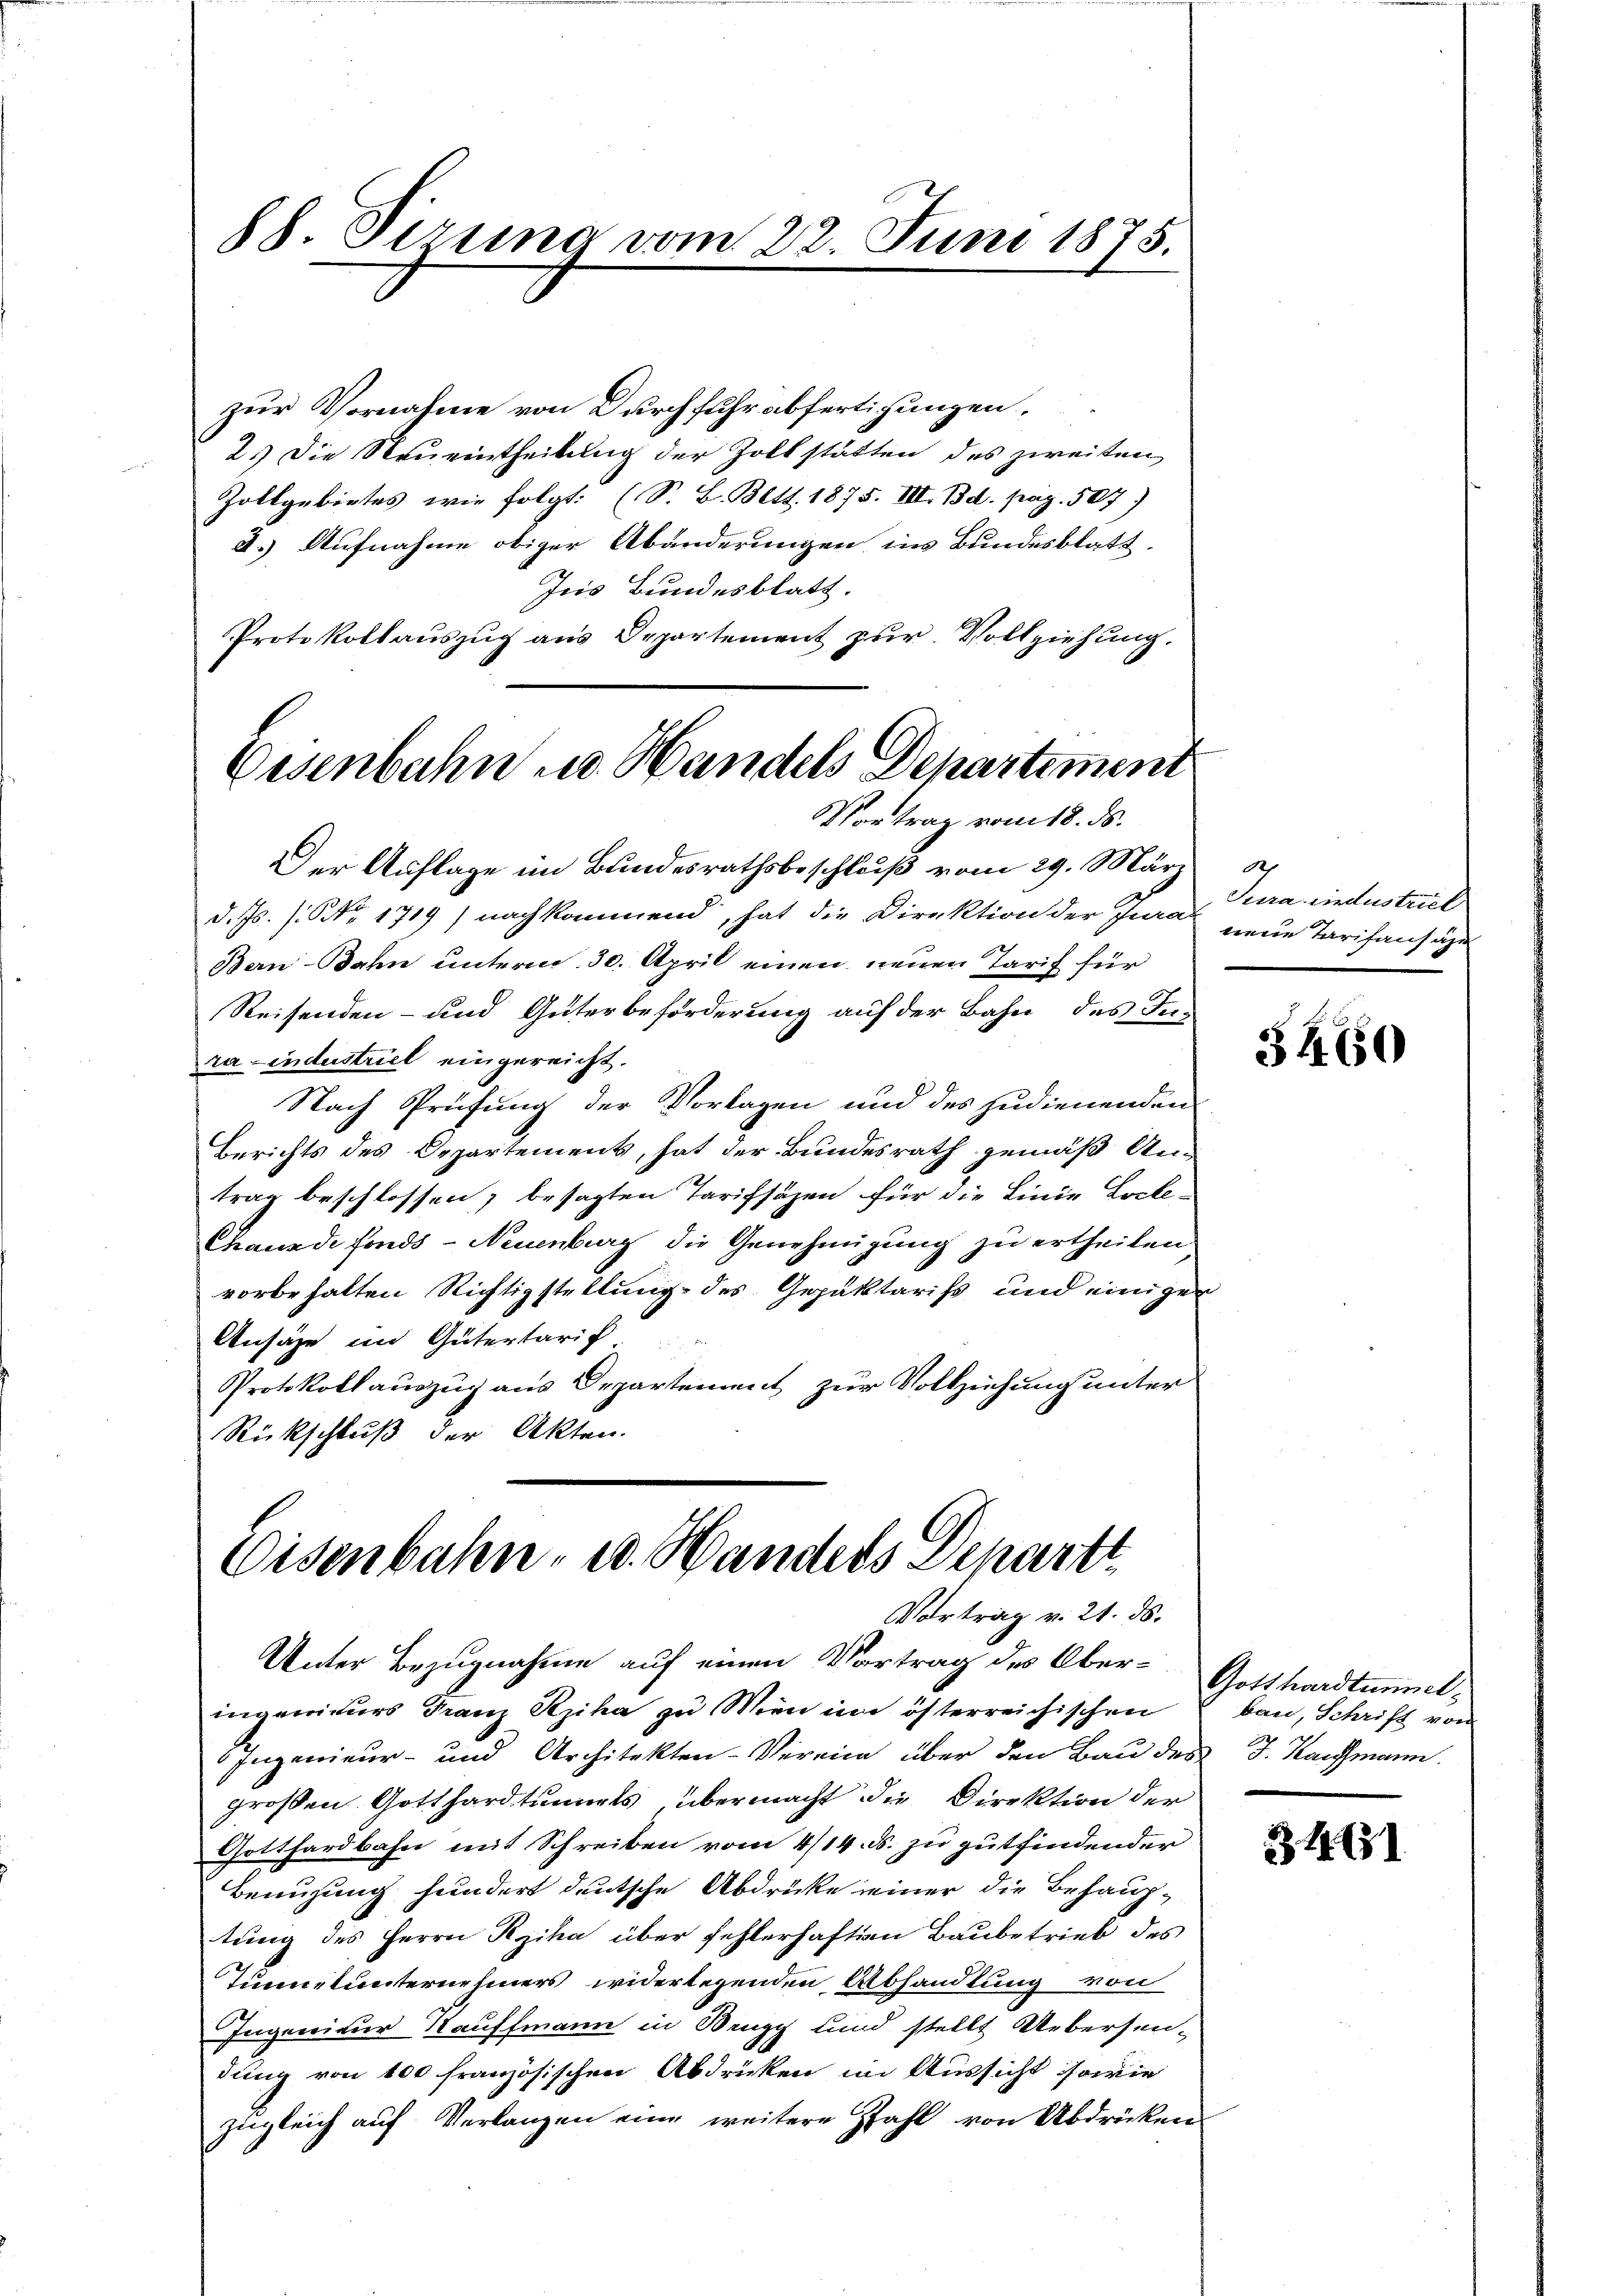
88. Serung vom 22. Juni 1875.

Eisenbahn u. Handels Departement
Vortrag vom 18. ds.

Eisenbahn- u. Handels Departt
Vortrag v. 21. ds.

zur Vornahme von Durchfuhr abfertigungen,
2.) Die Neueintheilung der Zollstätten des zweiten
Zollgebietes, wie folgt. (S. B. Bett. 1875. III. Bd. pag. 507)
d.) Aufnahme obiger Abänderungen im Bundesblatt.
Jes Bundesblatt.
Protokollauszug aus Departement zur Vollziehung.
Der Auflage im Bundesrathsbeschluß vom 29. März
d. Js. (Nr. 1719) nachkommend, hat die Direktion der Jura neue Tarifansahe
Ban-Bahn unterm 30. April einen neuen Tarif für
Reisenden- und Güterbeförderung auf der Bahn des In-
ra industriel eingereicht.
Nach Prüfung der Vorlagen und des zudienenden
Berichts des Departement, hat der Bundesrath gemäß An-
trag beschlossen; besagten Tarifsäzen für die Linie Loche¬
Chauxde fonds - Neuenburg die Genehmigung zu ertheilen,
vorbehalten Richtigstellung des Gepäktariss und einiger
Ansähe im Gütertarif
Protokollauszug aus Departement zur Vollziehung unter
Rückschluß der Akten.

d
Sura industriel

Unter Bezugnahme auf einen Vortrag des Oberingenieurs Franz Reziha zu Wien im österreichischen
Ingenieur- und Architekten-Verein über den Baŭ des J. Kaufmann.
großen Gotthardtunnels übermacht die Direktion der
Gotthardbahn mit Schreiben vom 4/14. ds. zu gutfindender
Benuzung hundert deutsche Abdrücke einer die Behaup-
tung des Herrn Rziha über fehlerhaften Baubetrieb des
Tunnerunternehmers widerlegenden Abhandlung von
Ingenieur Kauffmann in Brugg und stellt Uebersen-
dung von 100 französischen Abdrücken in Aussicht sowie
zugleich auf Verlangen eine weitere Zahl von Abdrücken

3460

Gotthardtunnel
bau, Schrift von

31451